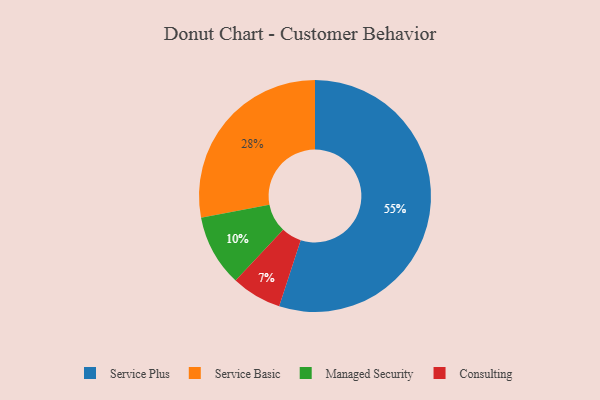
{"axis": {"x": "Category", "y": "Percentage"}, "legend": ["Consulting", "Managed Security", "Service Basic", "Service Plus"], "data": [{"x": "Service Plus", "y": 55, "type": "Service Plus"}, {"x": "Consulting", "y": 7, "type": "Consulting"}, {"x": "Managed Security", "y": 10, "type": "Managed Security"}, {"x": "Service Basic", "y": 28, "type": "Service Basic"}]}